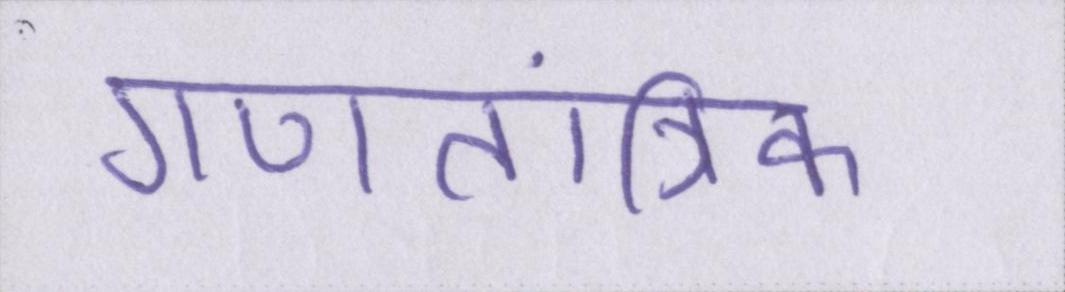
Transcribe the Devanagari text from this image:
गणतांत्रिक